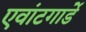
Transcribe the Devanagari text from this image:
एवांटगार्डे